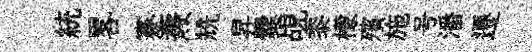
統畧蹇燾兟昇爨覘黍檬殯施号潘遷